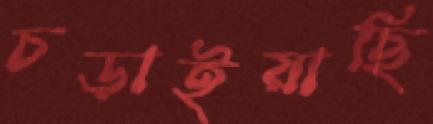
চড়াইয়াছি